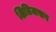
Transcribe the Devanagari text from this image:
क्षितिजसर